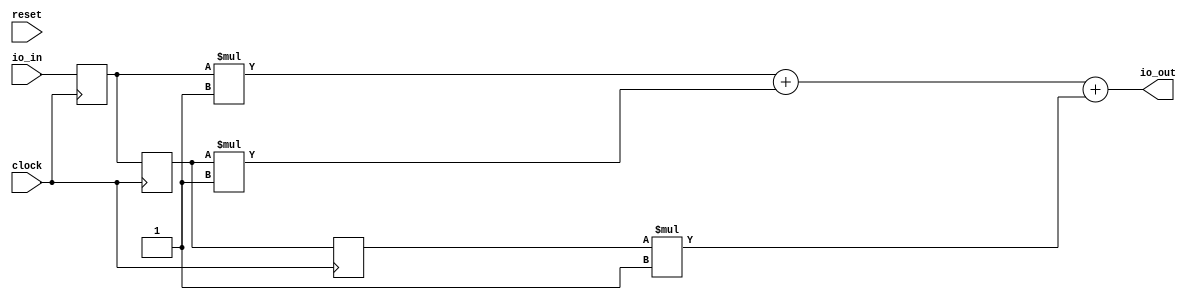
module FirFilter(
  input         clock,
  input         reset,
  input  [7:0]  io_in,
  output [10:0] io_out
);
`ifdef RANDOMIZE_REG_INIT
  reg [31:0] _RAND_0;
  reg [31:0] _RAND_1;
  reg [31:0] _RAND_2;
`endif // RANDOMIZE_REG_INIT
  reg [7:0] zs_0; // @[cmd4.sc 7:15]
  reg [7:0] zs_1; // @[cmd4.sc 7:15]
  reg [7:0] zs_2; // @[cmd4.sc 7:15]
  wire [8:0] products_0 = zs_0 * 1'h1; // @[cmd4.sc 14:61]
  wire [8:0] products_1 = zs_1 * 1'h1; // @[cmd4.sc 14:61]
  wire [8:0] products_2 = zs_2 * 1'h1; // @[cmd4.sc 14:61]
  wire [9:0] _T_3 = products_0 + products_1; // @[cmd4.sc 17:31]
  wire [9:0] _GEN_0 = {{1'd0}, products_2}; // @[cmd4.sc 17:31]
  assign io_out = _T_3 + _GEN_0; // @[cmd4.sc 17:31]
  always @(posedge clock) begin
    zs_0 <= io_in; // @[cmd4.sc 8:9]
    zs_1 <= zs_0; // @[cmd4.sc 10:11]
    zs_2 <= zs_1; // @[cmd4.sc 10:11]
  end
// Register and memory initialization
`ifdef RANDOMIZE_GARBAGE_ASSIGN
`define RANDOMIZE
`endif
`ifdef RANDOMIZE_INVALID_ASSIGN
`define RANDOMIZE
`endif
`ifdef RANDOMIZE_REG_INIT
`define RANDOMIZE
`endif
`ifdef RANDOMIZE_MEM_INIT
`define RANDOMIZE
`endif
`ifndef RANDOM
`define RANDOM $random
`endif
`ifdef RANDOMIZE_MEM_INIT
  integer initvar;
`endif
`ifndef SYNTHESIS
`ifdef FIRRTL_BEFORE_INITIAL
`FIRRTL_BEFORE_INITIAL
`endif
initial begin
  `ifdef RANDOMIZE
    `ifdef INIT_RANDOM
      `INIT_RANDOM
    `endif
    `ifndef VERILATOR
      `ifdef RANDOMIZE_DELAY
        #`RANDOMIZE_DELAY begin end
      `else
        #0.002 begin end
      `endif
    `endif
`ifdef RANDOMIZE_REG_INIT
  _RAND_0 = {1{`RANDOM}};
  zs_0 = _RAND_0[7:0];
  _RAND_1 = {1{`RANDOM}};
  zs_1 = _RAND_1[7:0];
  _RAND_2 = {1{`RANDOM}};
  zs_2 = _RAND_2[7:0];
`endif // RANDOMIZE_REG_INIT
  `endif // RANDOMIZE
end // initial
`ifdef FIRRTL_AFTER_INITIAL
`FIRRTL_AFTER_INITIAL
`endif
`endif // SYNTHESIS
endmodule